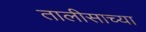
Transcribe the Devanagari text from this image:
तालीसाच्या